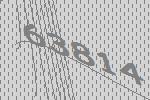
63814